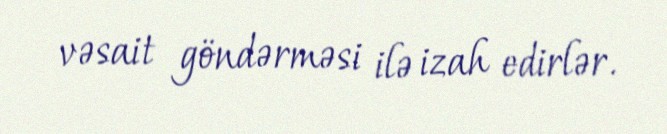
vəsait göndərməsi ilə izah edirlər.